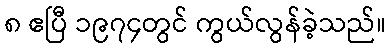
၈ ဧပြီ ၁၉၇၄တွင် ကွယ်လွန်ခဲ့သည်။